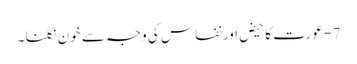
7 - عورت کا حیض اورنفاس کی وجہ سے خون نکلنا ۔